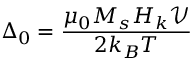
\Delta _ { 0 } = \frac { \mu _ { 0 } M _ { s } H _ { k } \mathcal { V } } { 2 k _ { B } T }